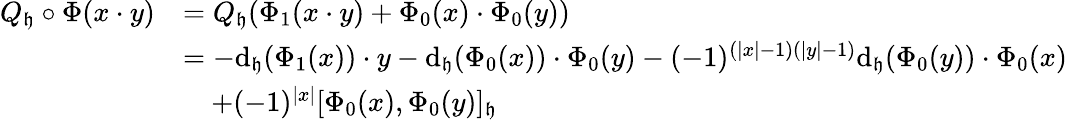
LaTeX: \begin{array}{rl}{Q_{\mathfrak{h}}\circ\Phi(x\cdot y)}&{=Q_{\mathfrak h}(\Phi_{1}(x\cdot y)+\Phi_{0}(x)\cdot\Phi_{0}(y))}\\ &{=-\mathrm{d}_{\mathfrak h}(\Phi_{1}(x))\cdot y-\mathrm{d}_{\mathfrak h}(\Phi_{0}(x))\cdot\Phi_{0}(y)-(-1)^{(|x|-1)(|y|-1)}\mathrm{d}_{\mathfrak h}(\Phi_{0}(y))\cdot\Phi_{0}(x)}\\ &{\quad+(-1)^{|x|}[\Phi_{0}(x),\Phi_{0}(y)]_{\mathfrak{h}}}\end{array}